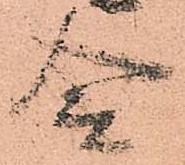
令